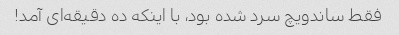
فقط ساندویچ سرد شده بود، با اینکه ده دقیقه‌ای آمد!